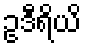
ဥဒီရိယိ